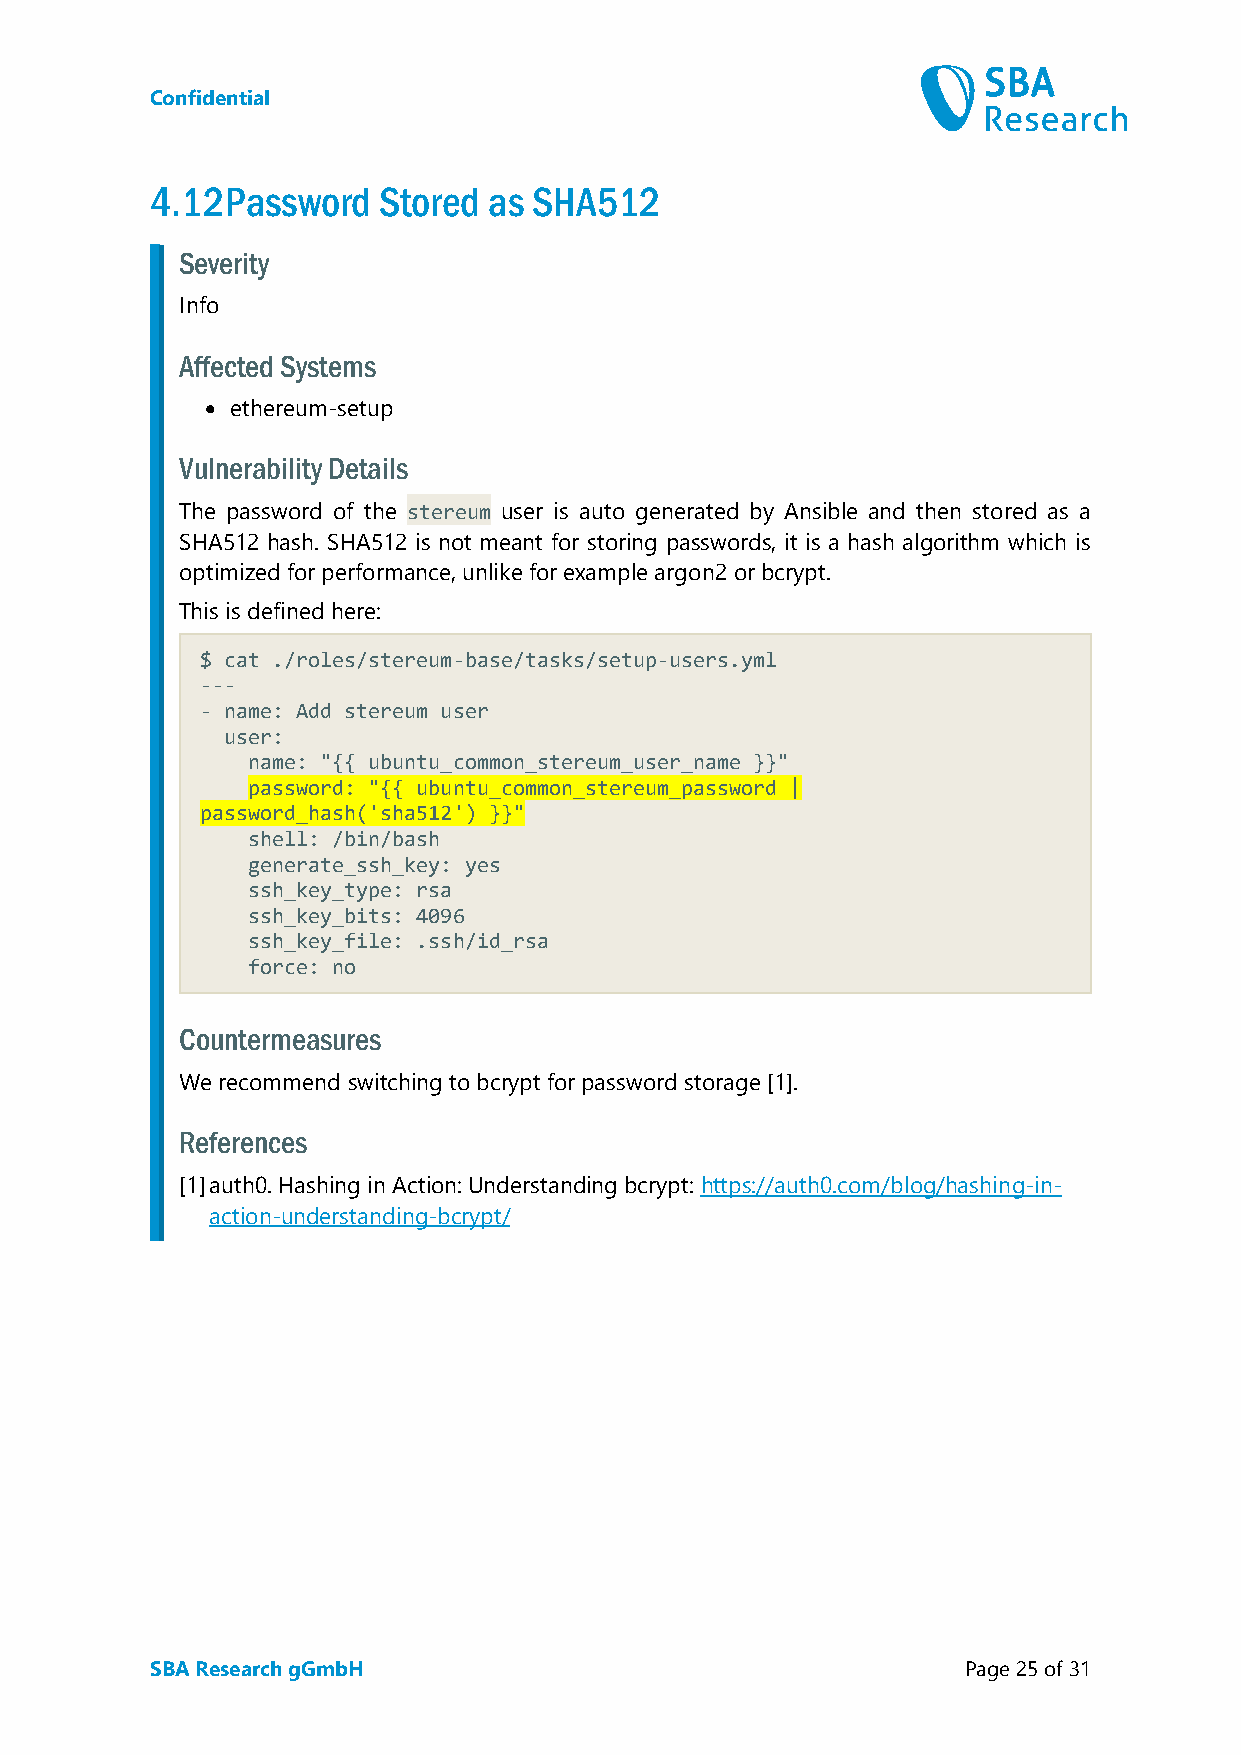
Confidential
 4.12 Password  Stored as SHA512
 Severity
 Info
 Affected Systems
 • ethereum-setup
 Vulnerability Details
 The password of the stereum user is auto generated by Ansible and then stored as a
 SHA512 hash. SHA512 is not meant for storing passwords, it is a hash algorithm which is
 optimized for performance, unlike for example argon2 or bcrypt.
 This is defined here:
 $ cat ./roles/stereum-base/tasks/setup-users.yml
 ---
 - name: Add stereum user
 user:
 name: "{{ ubuntu_common_stereum_user_name }}"
 password: "{{ ubuntu_common_stereum_password |
 password_hash('sha512') }}"
 shell: /bin/bash
 generate_ssh_key: yes
 ssh_key_type: rsa
 ssh_key_bits: 4096
 ssh_key_file: .ssh/id_rsa
 force: no
 Countermeasures
 We recommend switching to bcrypt for password storage [1].
 References
 [1] auth0. Hashing in Action: Understanding bcrypt: https://auth0.com/blog/hashing-in-
 action-understanding-bcrypt/
 SBA Research gGmbH                                    Page 25 of 31